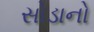
સોડાનો